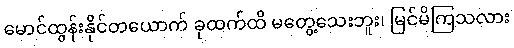
မောင်ထွန်းနိုင်တယောက် ခုထက်ထိ မတွေ့သေးဘူး၊ မြင်မိကြသလား